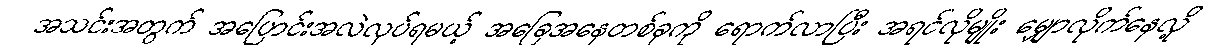
အသင်းအတွက် အပြောင်းအလဲလုပ်ရမယ့် အခြေအနေတစ်ခုကို ရောက်လာပြီး အရင်လိုမျိုး မျှောလိုက်နေလို့